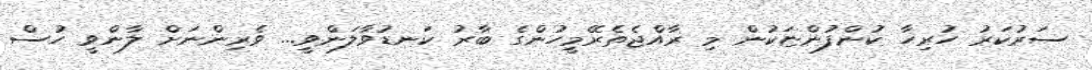
ސަރުކަަރު ހުރިހާ ކުންފުންޏަކުން މި ރާއްޖެތެރޭމީހުންގެ ބާރު ކަނޑުވާލަންވީ... ވެރިންނަށް ލާންވީ ހުސް